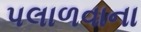
પલાળવાના